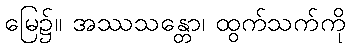
မြေ၌။ အဿသန္တော၊ ထွက်သက်ကို